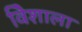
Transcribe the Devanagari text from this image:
विेशाला